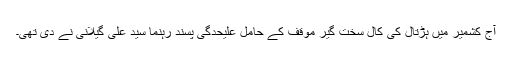
آج کشمیر میں ہڑتال کی کال سخت گیر موقف کے حامل علیحدگی پسند رہنما سید علی گیلانی نے دی تھی۔